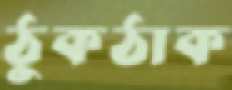
ঠুকঠাক